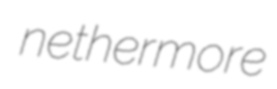
nethermore